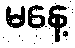
မနေ့